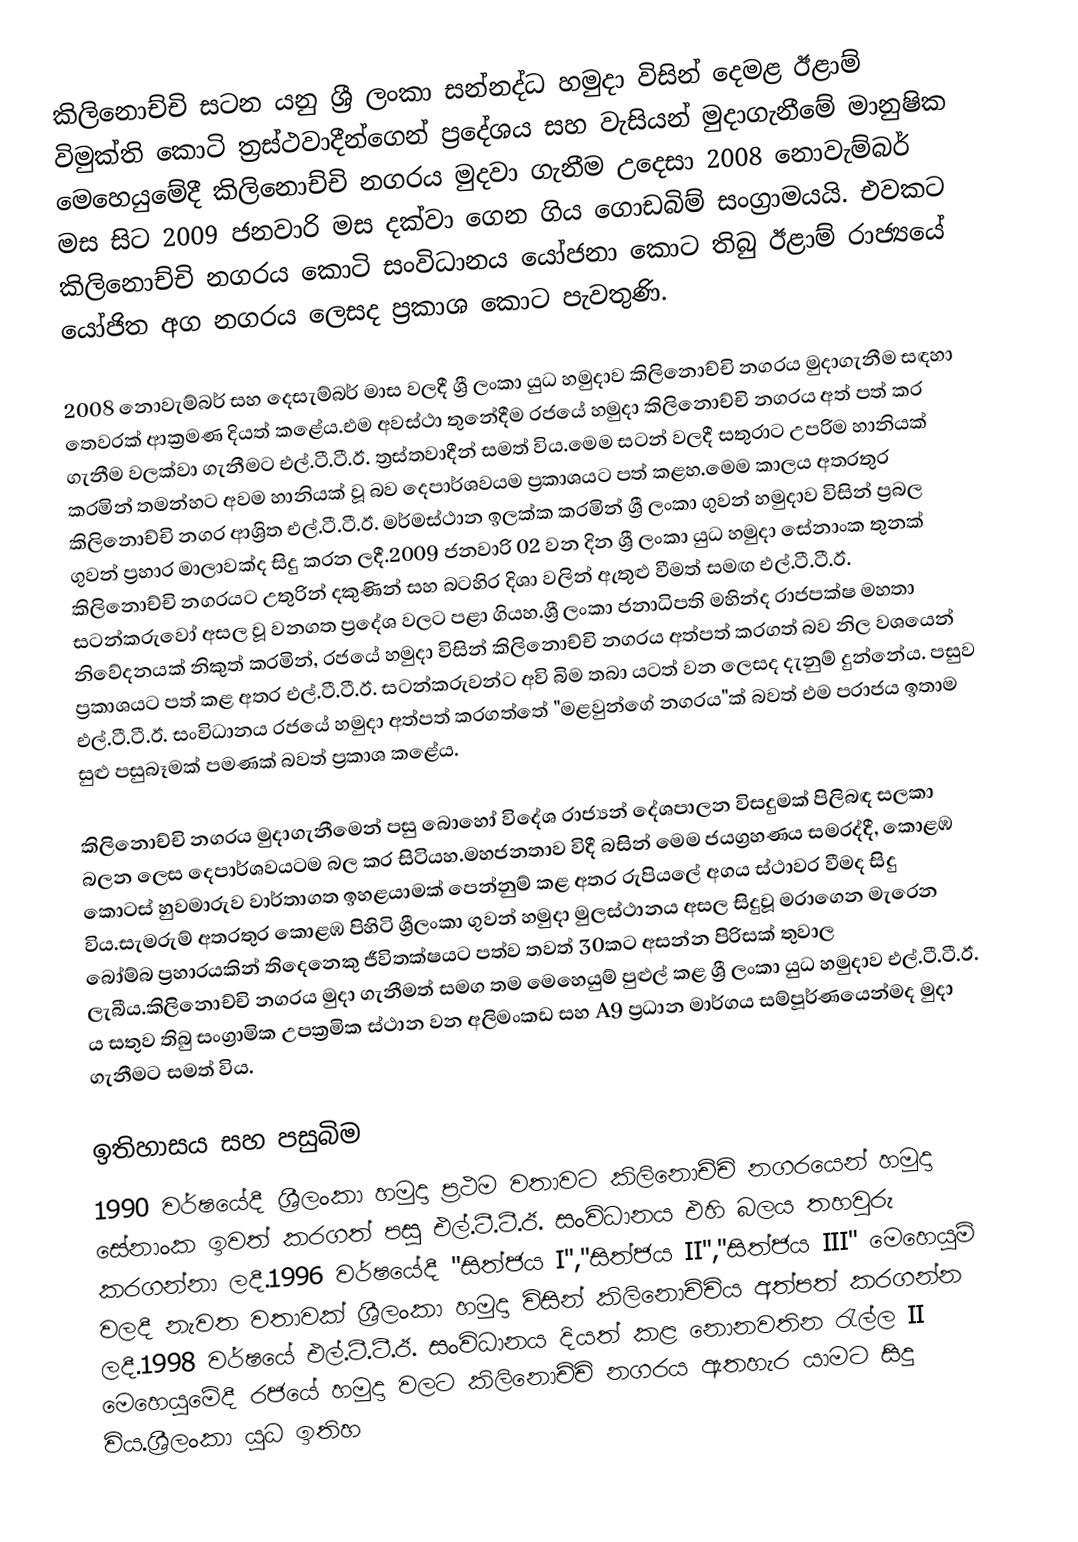
කිලිනොච්චි සටන යනු ශ්‍රී ලංකා සන්නද්ධ හමුදා  විසින් දෙමළ ඊළාම් විමුක්ති කොටි ත්‍රස්ථවාදීන්ගෙන් ප්‍රදේශය සහ වැසියන් මුදාගැනීමේ මානුෂික මෙහෙයුමේදී කිලිනොච්චි නගරය මුදවා ගැනීම උදෙසා 2008 නොවැම්බර් මස සිට 2009 ජනවාරි මස දක්වා ගෙන ගිය ගොඩබිම් සංග්‍රාමයයි. එවකට කිලිනොච්චි නගරය කොටි සංවිධානය යෝජනා කොට තිබු ඊළාම් රාජ්‍යයේ යෝජිත අග නගරය ලෙසද ප්‍රකාශ කොට පැවතුණි.

2008 නොවැම්බර් සහ දෙසැම්බර් මාස වලදී ශ්‍රී ලංකා යුධ හමුදාව කිලිනොච්චි නගරය මුදාගැනීම සඳහා තෙවරක් ආක්‍රමණ දියත් කළේය.එම අවස්ථා තුනේදීම රජයේ හමුදා කිලිනොච්චි නගරය අත් පත් කර ගැනීම වලක්වා ගැනීමට එල්.ටී.ටී.ඊ. ත්‍රස්තවාදීන් සමත් විය.මෙම සටන් වලදී සතුරාට උපරිම හානියක් කරමින් තමන්හට අවම හානියක් වූ බව දෙපාර්ශවයම ප්‍රකාශයට පත් කළහ.මෙම කාලය අතරතුර කිලිනොච්චි නගර ආශ්‍රිත එල්.ටී.ටී.ඊ. මර්මස්ථාන ඉලක්ක කරමින් ශ්‍රී ලංකා ගුවන් හමුදාව විසින් ප්‍රබල ගුවන් ප්‍රහාර මාලාවක්ද සිදු කරන ලදී.2009 ජනවාරි 02 වන දින ශ්‍රී ලංකා යුධ හමුදා සේනාංක තුනක් කිලිනොච්චි නගරයට උතුරින් දකුණින්  සහ බටහිර දිශා වලින් ඇතුළු වීමත් සමඟ එල්.ටී.ටී.ඊ. සටන්කරුවෝ අසල වූ වනගත ප්‍රදේශ වලට පළා ගියහ.ශ්‍රී ලංකා ජනාධිපති මහින්ද රාජපක්ෂ මහතා නිවේදනයක් නිකුත් කරමින්, රජයේ හමුදා විසින් කිලිනොච්චි නගරය අත්පත් කරගත්  බව නිල වශයෙන් ප්‍රකාශයට පත් කළ අතර  එල්.ටී.ටී.ඊ. සටන්කරුවන්ට අවි බිම තබා යටත් වන ලෙසද දැනුම් දුන්නේය. පසුව එල්.ටී.ටී.ඊ.  සංවිධානය රජයේ හමුදා අත්පත් කරගත්තේ "මළවුන්ගේ නගරය"ක්  බවත් එම පරාජය ඉතාම සුළු පසුබෑමක් පමණක් බවත්  ප්‍රකාශ කළේය.

කිලිනොච්චි නගරය මුදාගැනීමෙන් පසු බොහෝ විදේශ රාජ්‍යන් දේශපාලන විසදුමක් පිලිබඳ සලකා බලන ලෙස දෙපාර්ශවයටම බල කර සිටියහ.මහජනතාව  විදී බසින් මෙම ජයග්‍රහණය සමරද්දී,  කොළඹ කොටස් හුවමාරුව වාර්තාගත ඉහළයාමක් පෙන්නුම් කළ අතර රුපියලේ  අගය ස්ථාවර වීමද සිදු විය.සැමරුම් අතරතුර කොළඹ පිහිටි ශ්‍රීලංකා ගුවන් හමුදා මුලස්ථානය අසල සිදුවූ මරාගෙන මැරෙන බෝම්බ ප්‍රහාරයකින් තිදෙනෙකු ජීවිතක්ෂයට පත්ව තවත් 30කට අසන්න පිරිසක් තුවාල ලැබීය.කිලිනොච්චි නගරය මුදා ගැනීමත් සමග තම මෙහෙයුම් පුළුල් කළ ශ්‍රී ලංකා යුධ හමුදාව  එල්.ටී.ටී.ඊ. ය සතුව තිබු සංග්‍රාමික උපක්‍රමික ස්ථාන වන අලිමංකඩ සහ  A9 ප්‍රධාන මාර්ගය සම්පූර්ණයෙන්මද මුදා ගැනීමට සමත් විය.

ඉතිහාසය සහ පසුබිම
1990 වර්ෂයේදී ශ්‍රීලංකා හමුදා ප්‍රථම වතාවට කිලිනොච්චි නගරයෙන් හමුදා සේනාංක ඉවත් කරගත් පසු එල්.ටී.ටී.ඊ. සංවිධානය එහි බලය තහවුරු කරගන්නා ලදී.1996 වර්ෂයේදී "සිත්ජය I","සිත්ජය  II","සිත්ජය III" මෙහෙයුම් වලදී නැවත වතාවක්  ශ්‍රීලංකා හමුදා විසින් කිලිනොච්චිය අත්පත් කරගන්න ලදී.1998 වර්ෂයේ එල්.ටී.ටී.ඊ. සංවිධානය දියත් කළ නොනවතින රැල්ල II මෙහෙයුමේදී රජයේ හමුදා වලට කිලිනොච්චි නගරය ඇතහැර යාමට සිදු විය.ශ්‍රීලංකා යුධ ඉතිහ